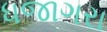
ધજાગરા